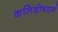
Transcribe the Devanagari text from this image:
कलिदोषघ्नं